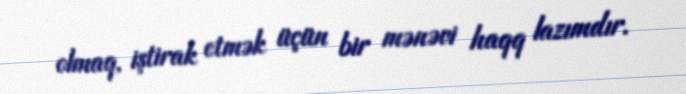
olmaq, iştirak etmək üçün bir mənəvi haqq lazımdır.